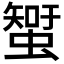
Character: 𧐉